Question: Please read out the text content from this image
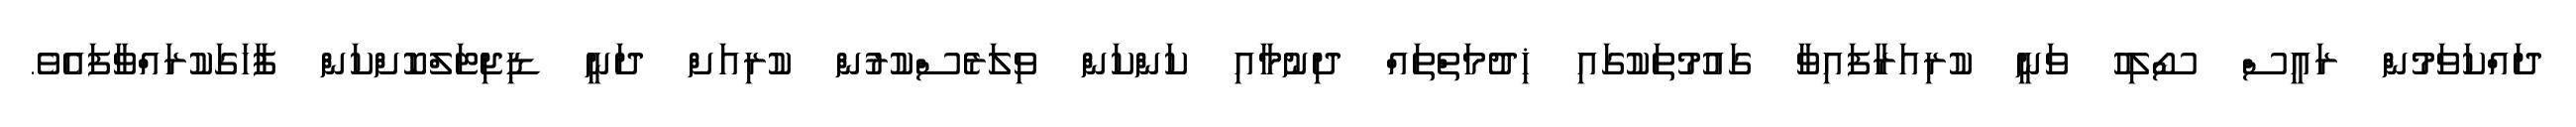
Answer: ދައްކަވަމުން ރައީސް ސޯލިހު ވަނީ ކުރިއަރާފައިވާ ގައުމުތަކުގައި ޚިދުމަތްތައް ދިނުމާއި ކަންކަން ވިލަރެސްކުރުން ކުރިއަށް ދަނީ ޑިޖިޓަލްކޮށްކަން ފާހަގަކުރައްވާފައެވެ.